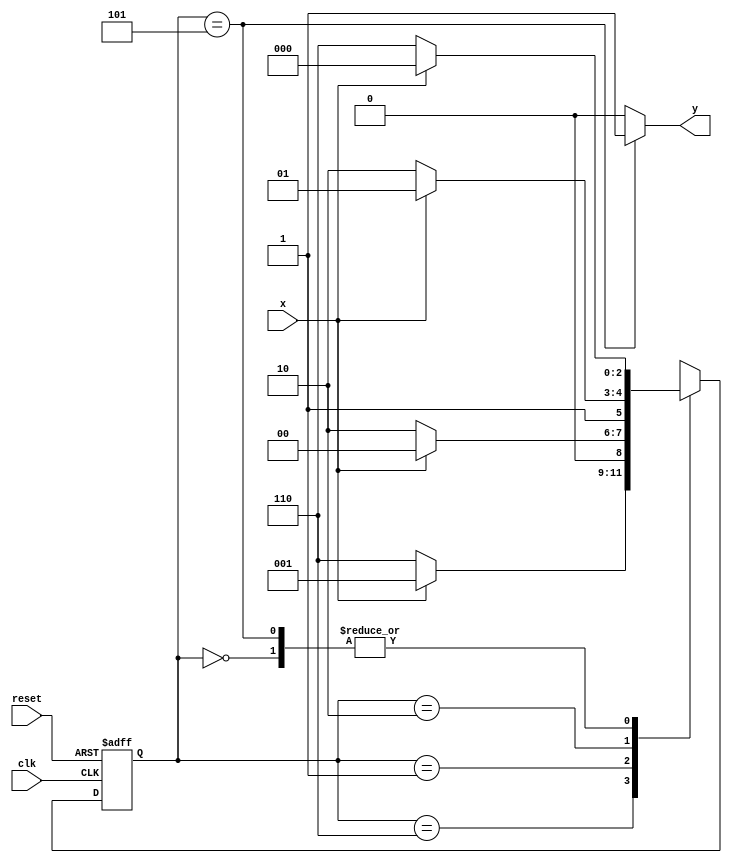
// ARQUITETURA DE cOMPUTADORES - Guia 10 - Exercicio02
//ALUNA : Jessica Luisa Betonico Andrade -  Matricula: 412748


// constant definition
   `define found    1
   `define notfound 0

// FSM by Moore
   module  seq0110_moore ( y, x, clk, reset );

	output y;
	input  x;
	input  clk;
	input  reset;

	reg    y;

	parameter        // state identifiers
		start  = 3'b000,
		id0    = 3'b110,
		id01   = 3'b001,
		id011  = 3'b010,
		id0110 = 3'b101;  //  signal found

	reg [2:0] E1;	// current state variables
	reg [2:0] E2;	// next state logic output

	// next state logic
	
		always @( x or E1 )
		begin
		y = `notfound;
		
		case( E1 )
		start:
			if ( x )
				E2 = start;
			else
				E2 = id0;
			
			id0:
				if ( x )
					E2 = id01;
				else
					E2 = id0;
			
			id01:
				if ( x )
					E2 = start;
				else
					E2 = id011;
			
			id011:
				if ( x )
					E2 = id0110;
				else
					E2 = id0;
			
			id0110:
			if ( x )
				begin
			 		E2 = start;
					y = `found;
				end
			else
				begin
					E2 = id0;
					y = `found;
				end
			
			default:   // undefined statee  
				E2 = 3'bxxx;
				
		endcase
		end // always at signal or state changing


	// state variables
		always @( posedge clk or negedge reset )
		begin
			if ( reset )
				E1 = E2;    // updates current state
			else
				E1 = 0;     // reset

		end // always at signal changing

endmodule // seq0110_moore



// --------------------
// ------------------ TESTE ---------------------------
// --------------------

 module teste;
 reg   clk, reset, x;
 wire  e01;

 seq0110_moore moore1 ( e01, x, clk, reset );

 initial
  begin
   $display ( "Aluna: Jessica Betonico" );
   $display ( "Time     X   EXERCICIO02" );

// initial values
       clk   = 1;
       reset = 0;
       x     = 0;

// input signal changing
   #5   reset = 1;
   #10  x = 0;
   #10  x = 1;
   #10  x = 1;
   #10  x = 0;
   #10  x = 0;
   #10  x = 1;
   #10  x = 0;
   #10  x = 1;

   #30 $finish;
 end // initial

 always
  #5 clk = ~clk;

 always @( posedge clk )
  begin
   $display ( "%4d  %4b  %4b", $time, x, e01 );

  end // always at positive edge clocking changing

endmodule